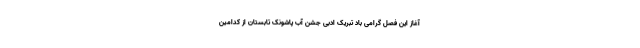
آغاز این فصل گرامی باد تبریک ادبی جشن آب پاشونک تابستان از کدامین